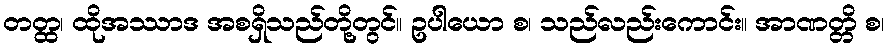
တတ္ထ၊ ထိုအဿာဒ အစရှိသည်တို့တွင်။ ဥပါယော စ၊ သည်လည်းကောင်း။ အာဏတ္တိ စ၊